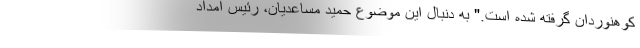
کوهنوردان گرفته شده است." به دنبال این موضوع حمید مساعدیان، رئیس امداد